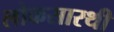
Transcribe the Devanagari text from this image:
लोकसारथी